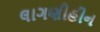
લાગણીહીન